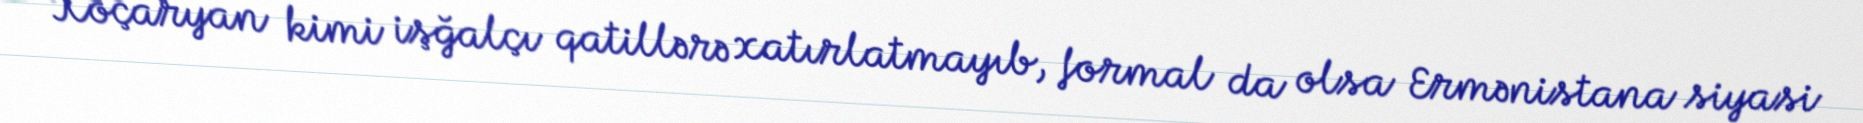
Koçaryan kimi işğalçı qatillərə xatırlatmayıb, formal da olsa Ermənistana siyasi